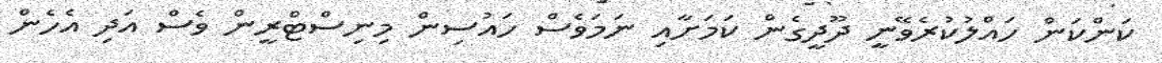
ކަންކަން ހައްލުކުރެވޭނީ ދޫދީގެން ކަމަށާއި ނަމަވެސް ހައުސިން މިނިސްޓްރީން ވެސް އަދި އެހެން